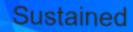
Sustained